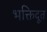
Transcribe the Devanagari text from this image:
भक्तिदूत